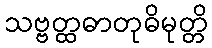
သဗ္ဗတ္ထဓာတုဓိမုတ္တိ